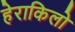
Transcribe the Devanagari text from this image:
हेराकिलो